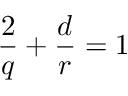
\frac { 2 } { q } + \frac { d } { r } = 1